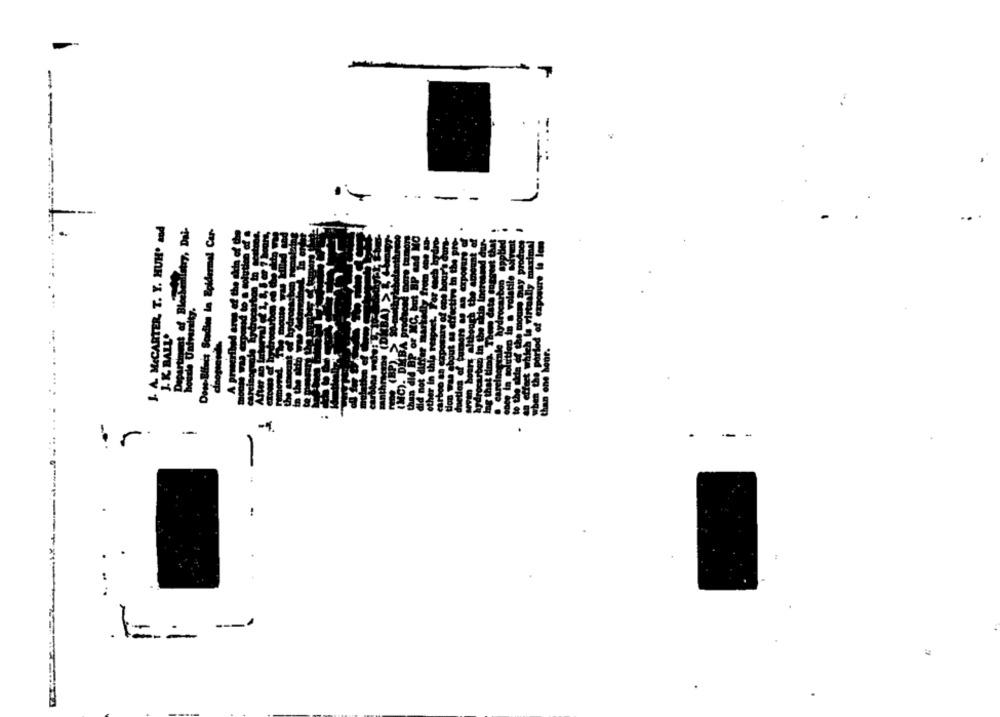
-
---
J. A MICARTER, T. Y. HUH' and
Done-Bifais Scadies in Epidermal Car-
J. K. BALLO
oup
--
-
.